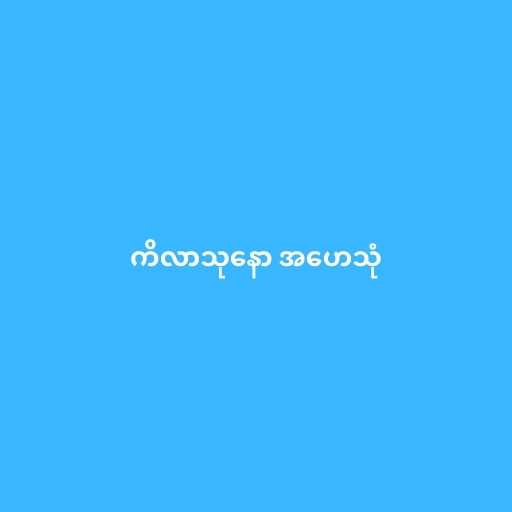
ကိလာသုနော အဟေသုံ